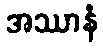
အဿာနံ